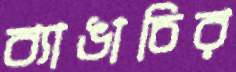
ব্যাঙাচির